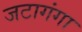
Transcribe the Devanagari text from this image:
जटागंगा